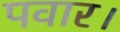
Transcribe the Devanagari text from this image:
पवार।